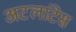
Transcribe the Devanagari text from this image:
अटलांटेस